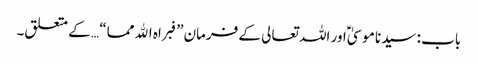
باب : سیدنا موسیٰؑ اور اللہ تعالی کے فرمان”فبراہ الله مما“ … کے متعلق۔